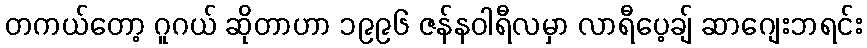
တကယ်တော့ ဂူဂယ် ဆိုတာဟာ ၁၉၉၆ ဇန်နဝါရီလမှာ လာရီပေ့ချ် ဆာဂျေးဘရင်း